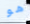
هو